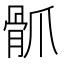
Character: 𩨢